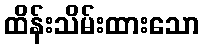
ထိန်းသိမ်းထားသော